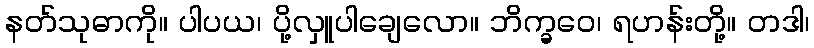
နတ်သုဓာကို။ ပါပယ၊ ပို့လှူပါချေလော။ ဘိက္ခဝေ၊ ရဟန်းတို့။ တဒါ၊